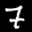
Label: 7